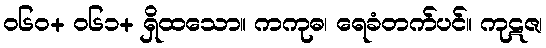
၀၆၀+ ၀၆၁+ ရှိထသော။ ကကုဓ၊ ရေခံတက်ပင်။ ကုဋဇ၊